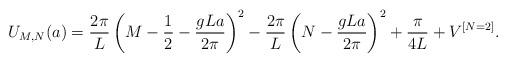
LaTeX: \begin{align*}U_{M, N}(a)={2\pi \over L}\left(M-{1 \over 2}-{gLa \over 2\pi}\right)^2-{2\pi \over L}\left(N-{gLa \over 2\pi}\right)^2+{\pi \over 4L}+V^{[N=2]}.\end{align*}